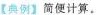
【典例】简便计算。